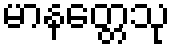
မာနတ္တေသု